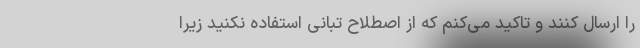
را ارسال کنند و تاکید می‌کنم که از اصطلاح تبانی استفاده نکنید زیرا